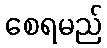
စေရမည်